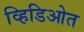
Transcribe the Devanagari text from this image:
व्हिडिओत